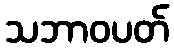
သဘာဝပတ်